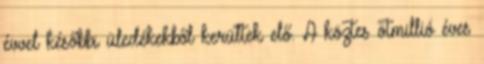
évvel későbbi üledékekből kerültek elő. A köztes ötmillió éves